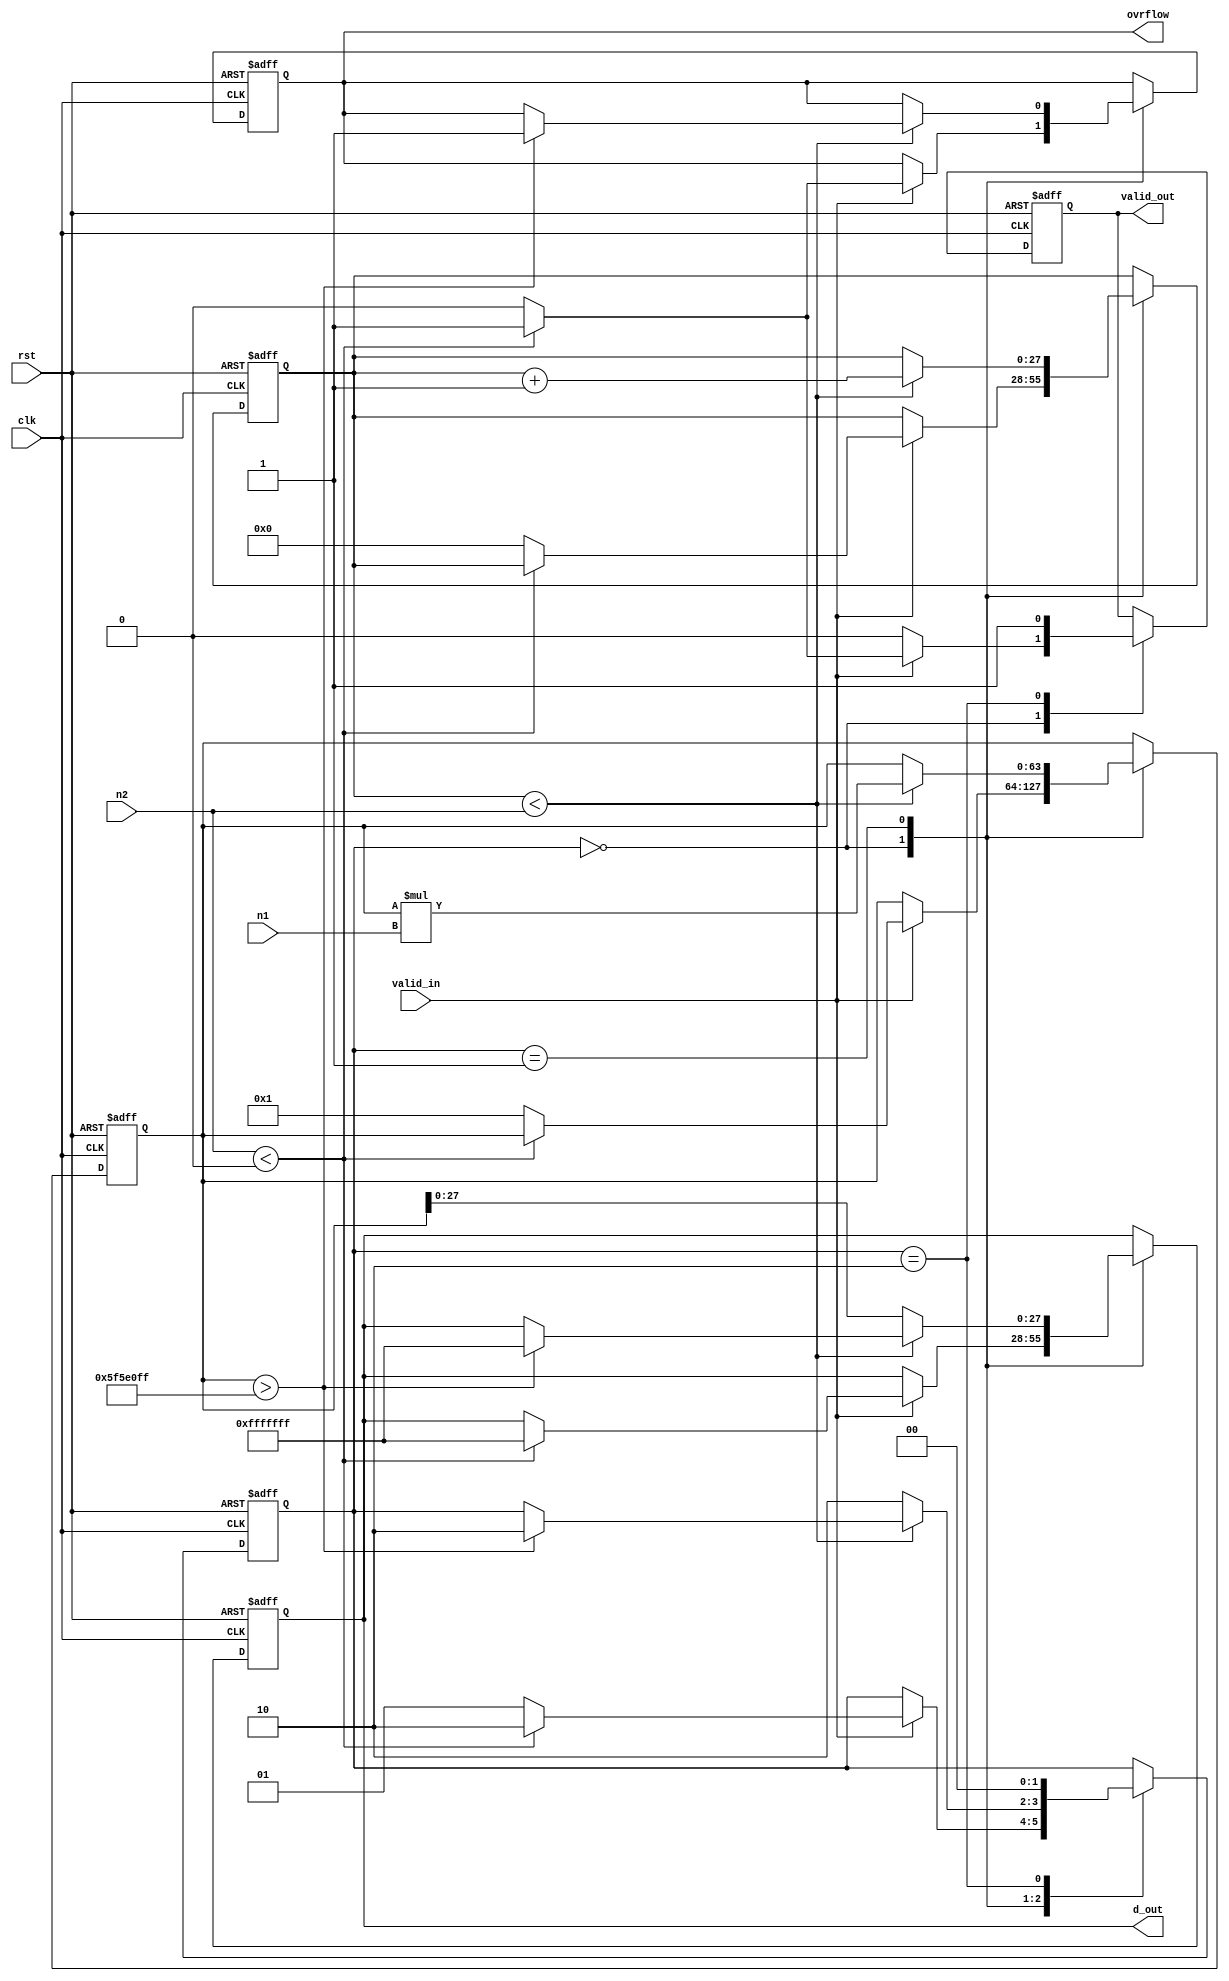
module putere(
    input signed [27:0] n1,       //numar in C2 27b + 1 bit de semn
    input signed [27:0] n2,       
    input valid_in,               
    input clk,                    
    input rst,                    
    output reg valid_out,         
    output reg ovrflow,           // Overflow flag
    output reg signed [27:0] d_out // rezultat, daca avem OVRFLOW, e 28 biti de 1
);

    reg [63:0] pow_temp;       
    reg [27:0] i;                 
    reg [1:0] state;           

    localparam IDLE = 2'b00,      //
               CALC = 2'b01,      //    starile FSM-ului 
               DONE = 2'b10;      //
    localparam signed [27:0] MAX_VAL = 99999999;

    always @(posedge clk or negedge rst) begin
        if (!rst) begin
            d_out <= 0;
            ovrflow <= 0;
            valid_out <= 0;
            pow_temp <= 1;
            i <= 0;
            state <= IDLE;
        end else begin
            case (state)
                IDLE: begin
                    valid_out <= 0; 
                    if (valid_in) begin
                        if (n2 < 0) begin
                            ovrflow <= 1;
                            d_out <= {28{1'b1}};
                            valid_out <= 1;
                            state <= DONE;
                        end else begin
                            ovrflow <= 0;
                            pow_temp <= 1;
                            i <= 0;
                            state <= CALC;
                        end
                    end
                end
                CALC: begin
                    if (i < n2) begin
                        pow_temp <= pow_temp * n1;
                        i <= i + 1;
                        if (pow_temp > MAX_VAL) begin
                            ovrflow <= 1;
                            d_out <= {28{1'b1}};
                            state <= DONE;
                        end
                    end else begin
                        d_out <= pow_temp[27:0];
                        state <= DONE;
                    end
                end
                DONE: begin
                    valid_out <= 1;
                    state <= IDLE;
                end
            endcase
        end
    end 
endmodule